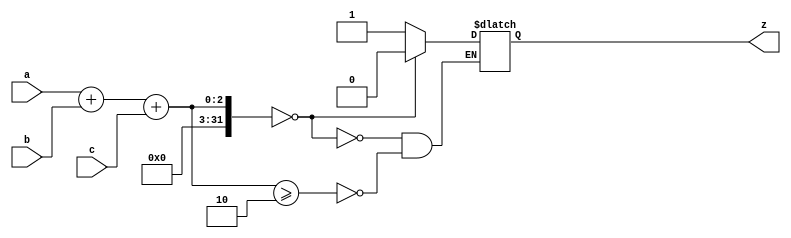
module celula2de3comp(a,b,c,z);
input a,b,c;
output reg z;

integer out;


initial
z=0;

always@(a or b or c)
begin

out = a + b + c;

if (out>=2)
	z=1;
if (out==0)
	z=0;
else 
	z=z;

	
end
endmodule